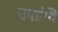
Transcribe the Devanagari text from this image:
उपग्रंथि